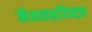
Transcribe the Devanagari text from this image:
मैनकइविक्ज़